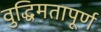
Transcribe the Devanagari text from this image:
वुद्धिमतापूर्ण